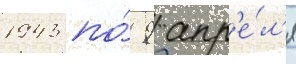
1943 по́ 9 апр'е́л'я